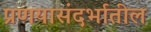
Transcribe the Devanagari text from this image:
प्रणयासंदर्भातील